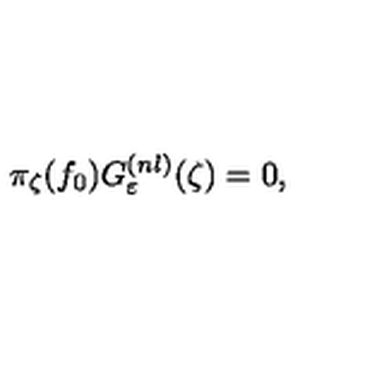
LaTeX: \pi _ { \zeta } ( f _ { 0 } ) G _ { \varepsilon } ^ { ( n l ) } ( \zeta ) = 0 ,